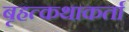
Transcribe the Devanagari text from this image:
बृहत्कथाकर्ता